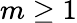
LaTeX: m\ge 1